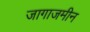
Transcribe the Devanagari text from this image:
जागाजमीन